Annual report of the Camel Specialist
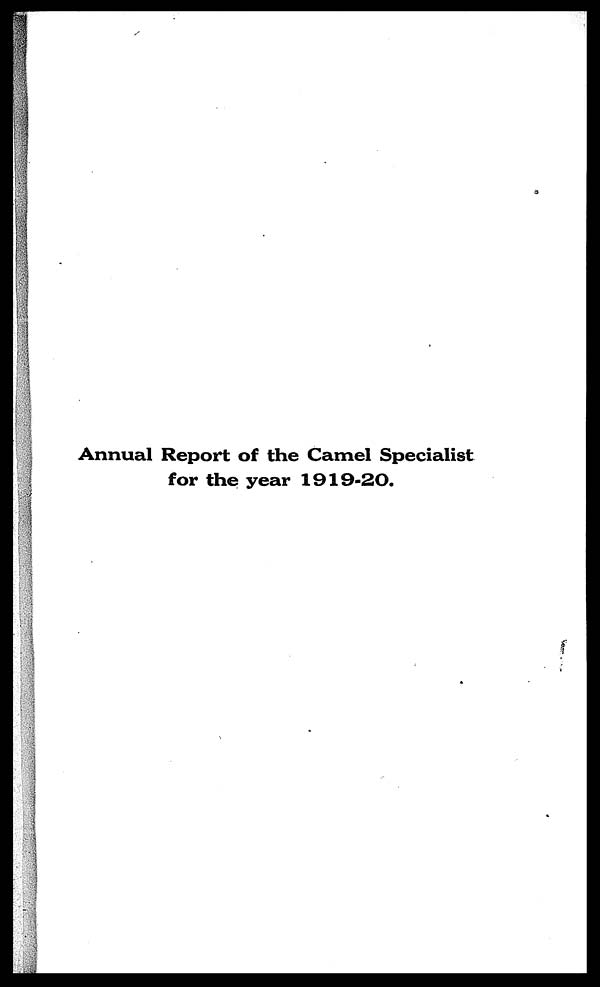
Annual Report of the Camel Specialist
for the year 1919-20.